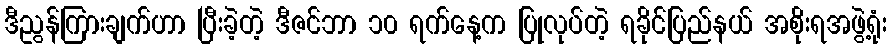
ဒီညွန်ကြားချက်ဟာ ပြီးခဲ့တဲ့ ဒီဇင်ဘာ ၁၀ ရက်နေ့က ပြုလုပ်တဲ့ ရခိုင်ပြည်နယ် အစိုးရအဖွဲ့ရုံး